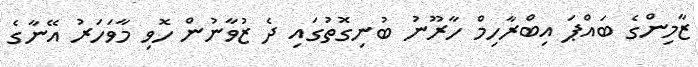
ޒާމިންގެ ބައްޕަ އިބްރާހިމް ހާރޫނު ބުނިގޮތުގައި ދެ ޒުވާނުން ހޮވި މާވަހަރު އޭނާގެ